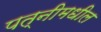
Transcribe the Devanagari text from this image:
पत्नीमधील